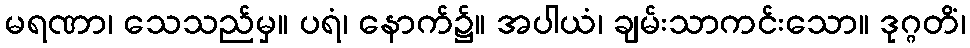
မရဏာ၊ သေသည်မှ။ ပရံ၊ နောက်၌။ အပါယံ၊ ချမ်းသာကင်းသော။ ဒုဂ္ဂတိံ၊